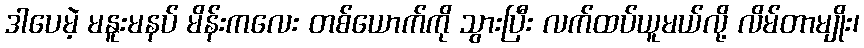
ဒါပေမဲ့ မနူးမနပ် မိန်းကလေး တစ်ယောက်ကို သွားပြီး လက်ထပ်ယူမယ်လို့ လိမ်တာမျိုး၊